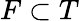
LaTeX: F\subset T